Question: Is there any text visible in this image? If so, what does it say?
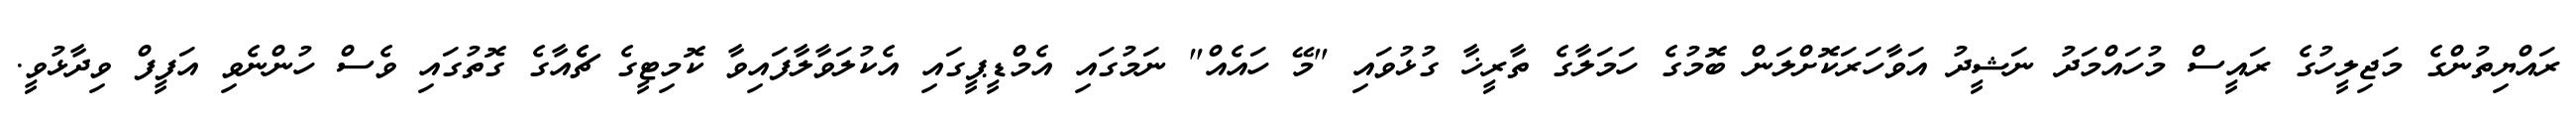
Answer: ރައްޔިތުންގެ މަޖިލީހުގެ ރައީސް މުހައްމަދު ނަޝީދު އަވާހަރަކޮށްލަން ބޮމުގެ ހަމަލާގެ ތާރީޚާ ގުޅުވައި "މޭ ހައެއް" ނަމުގައި އެމްޑީޕީގައި އެކުލަވާލާފައިވާ ކޮމިޓީގެ ޗެެއާގެ ގޮތުގައި ވެސް ހުންނެވި އަފީފް ވިދާޅުވީ.